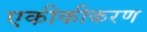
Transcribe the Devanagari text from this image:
एकीकीकरण